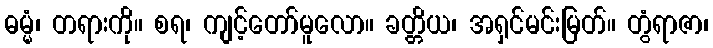
ဓမ္မံ၊ တရားကို။ စရ၊ ကျင့်တော်မူလော။ ခတ္တိယ၊ အရှင်မင်းမြတ်။ တွံရာဇာ၊